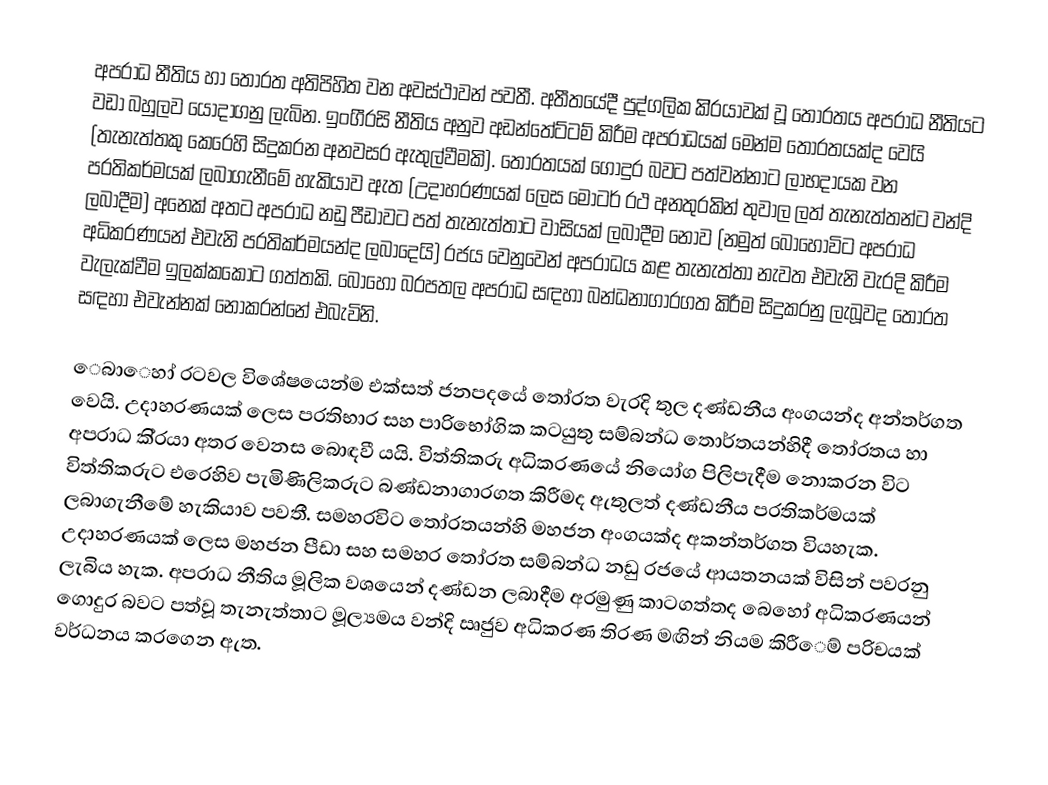
අපරාධ නීතිය හා තෝරත අතිපිහිත වන අවස්ථාවන් පවතී. අතීතයේදී පුද්ගලික කි්‍රයාවක් වූ තෝරතය අපරාධ නීතියට වඩා බහුලව යොදාගනු ලැබින. ඉංගී‍්‍රසි නීතිය අනුව අඩන්තේට්ටම් කිරීම අපරාධයක් මෙන්ම තෝරතයක්ද වෙයි (තැනැත්තකු කෙරෙහි සිදුකරන අනවසර ඇතුල්වීමකි). තෝරතයක් ගොදුර බවට පත්වන්නාට ලාභදායක වන ප‍්‍රතිකර්මයක් ලබාගැනීමේ හැකියාව ඇත (උදාහරණයක් ලෙස මෝටර් රථ අනතුරකින් තුවාල ලත් තැනැත්තන්ට වන්දි ලබාදීම) අනෙක් අතට අපරාධ නඩු පීඩාවට පත් තැනැත්තාට වාසියක් ලබාදීම නොව (නමුත් බොහෝවිට අපරාධ අධිකරණයන් එවැනි ප‍්‍රතිකර්මයන්ද ලබාදෙයි) රජය වෙනුවෙන් අපරාධය කළ තැනැත්තා  නැවත එවැනි වැරදි කිරීම වැලැක්වීම ඉලක්කකොට ගත්තකි. බොහෝ බරපතල අපරාධ සඳහා බන්ධනාගාරගත කිරීම සිදුකරනු ලැබූවද තෝරත සඳහා එවැන්නක් නොකරන්නේ එබැවිනි.

ෙබාෙහා් රටවල විශේෂයෙන්ම එක්සත් ජනපදයේ තෝරත වැරදි තුල දණ්ඩනීය අංගයන්ද අන්තර්ගත වෙයි. උදාහරණයක් ලෙස ප‍්‍රතිභාර සහ පාරිභෝගික කටයුතු සම්බන්ධ තොර්තයන්හිදී තෝරතය හා අපරාධ කි‍්‍රයා අතර වෙනස බොඳවී යයි. විත්තිකරු අධිකරණයේ නියෝග පිලිපැදීම නොකරන විට විත්තිකරුට එරෙහිව පැමිණිලිකරුට බණ්ඩනාගාරගත කිරීමද ඇතුලත් දණ්ඩනීය ප‍්‍රතිකර්මයක් ලබාගැනීමේ හැකියාව පවතී. සමහරවිට තෝරතයන්හි මහජන අංගයක්ද අකන්තර්ගත වියහැක. උදාහරණයක් ලෙස මහජන පීඩා සහ සමහර තෝරත සම්බන්ධ නඩු රජයේ ආයතනයක් විසින් පවරනු ලැබිය හැක. අපරාධ නීතිය මූලික වශයෙන් දණ්ඩන ලබාදීම අරමුණු කාටගත්තද බෙහෝ අධිකරණයන් ගොදුර බවට පත්වූ තැනැත්තාට මූල්‍යමය වන්දි ඍජුව අධිකරණ තිරණ මඟින් නියම කිරීෙම් පරිචයක් වර්ධනය කරගෙන ඇත.